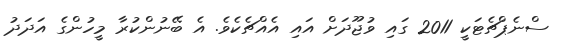
ސްނެޕްޗެޓަކީ 2011 ގައި ވުޖޫދަށް އައި އެއްޗެކެވެ. އެ ބޭނުންކުރާ މީހުންގެ އަދަދު